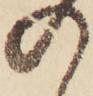
の